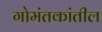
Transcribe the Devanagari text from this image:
गोमंतकांतील